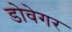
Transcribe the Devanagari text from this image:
डोवेगर